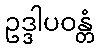
ဥဒ္ဒါပဝန္တံ